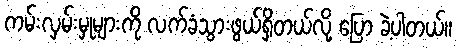
ကမ်းလှမ်းမှုများကို လက်ခံသွားဖွယ်ရှိတယ်လို့ ပြော ခဲ့ပါတယ်။